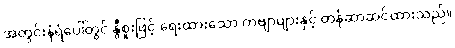
အတွင်းနံရံပေါ်တွင် နွီစူးဖြင့် ရေးထားသော ကဗျာများနှင့် တန်ဆာဆင်ထားသည်။